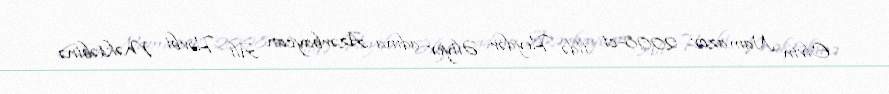
Elvin Namazov 2008-ci ildə Heydər Əliyev adına Azərbaycan Ali Hərbi Məktəbinə